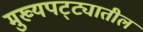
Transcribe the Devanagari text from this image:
मुख्यपट्ट्यातील